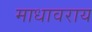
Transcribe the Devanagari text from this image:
माधावराय